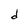
Character: d